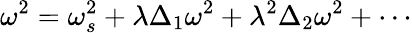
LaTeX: \omega^{2}=\omega_{s}^{2}+\lambda\Delta_{1}\omega^{2}+\lambda^{2}\Delta_{2}\omega^{2}+\cdots